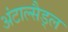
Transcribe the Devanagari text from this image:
अंटाल्सैड्ल